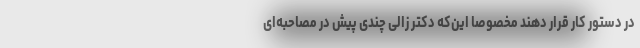
در دستور کار قرار دهند مخصوصا این‌که دکتر زالی چندی پیش در مصاحبه‌ای